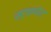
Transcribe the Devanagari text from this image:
स्टाकपोर्ट